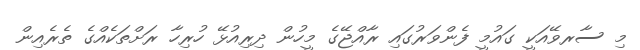
މި ސާރވޭއަކީ ގައުމީ ފެންވަރުގައި ރާއްޖޭގެ މީހުން ދިރިއުޅޭ ހުރިހާ ރަށްތަކެއްގެ ތެރެއިން